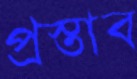
প্রস্তাব